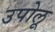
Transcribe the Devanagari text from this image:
उपोलू